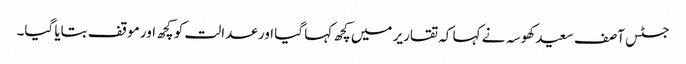
جسٹس آصف سعید کھوسہ نے کہا کہ تقاریر میں کچھ کہا گیا اور عدالت کو کچھ اور موقف بتایا گیا۔